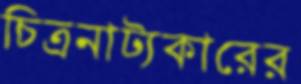
চিত্রনাট্যকারের